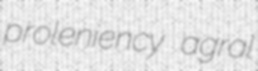
proleniency agral